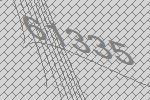
61335